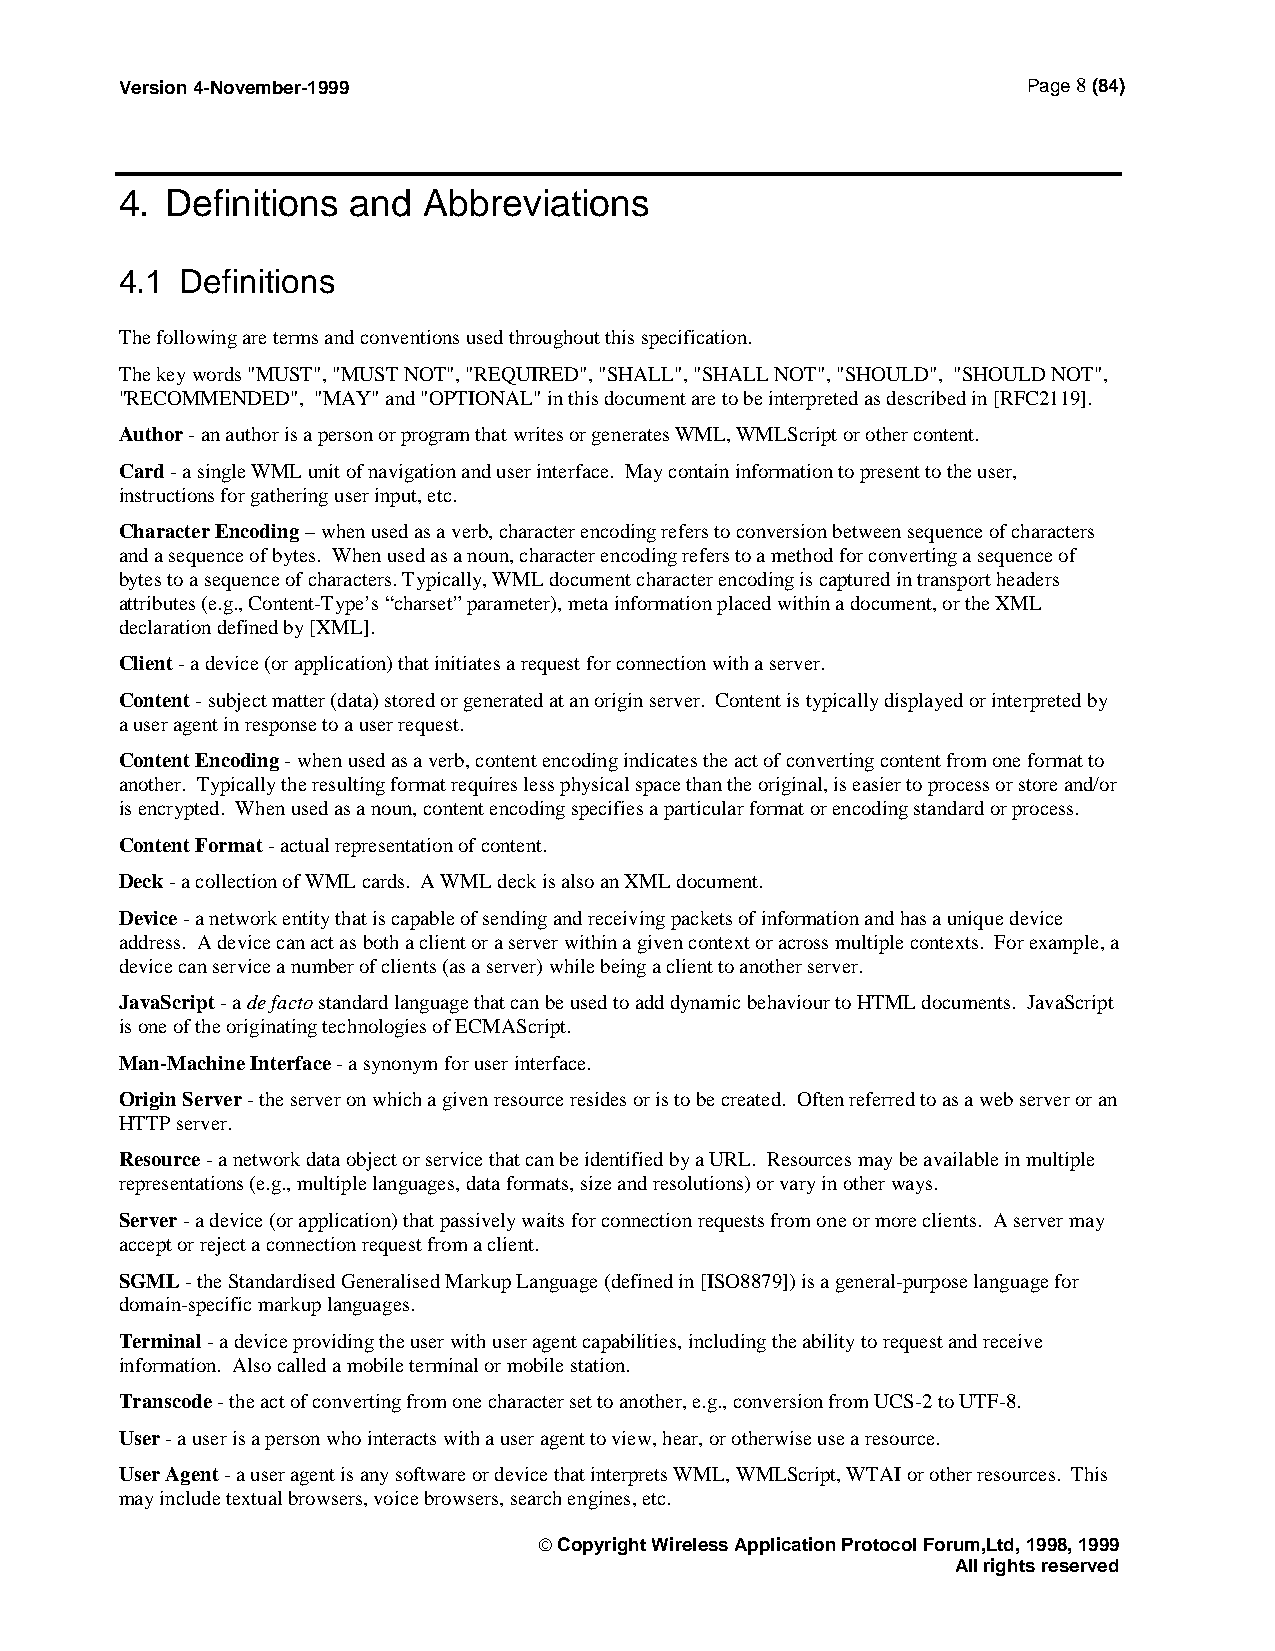
Version 4-November-1999                                     Page 8 (84)
 4. Definitions and  Abbreviations
 4.1 Definitions
 The following are terms and conventions used throughout this specification.
 The key words "MUST", "MUST NOT", "REQUIRED", "SHALL", "SHALL NOT", "SHOULD", "SHOULD NOT",
 "RECOMMENDED", "MAY" and "OPTIONAL" in this document are to be interpreted as described in [RFC2119].
 Author - an author is a person or program that writes or generates WML, WMLScript or other content.
 Card - a single WML unit of navigation and user interface. May contain information to present to the user,
 instructions for gathering user input, etc.
 Character Encoding – when used as a verb, character encoding refers to conversion between sequence of characters
 and a sequence of bytes. When used as a noun, character encoding refers to a method for converting a sequence of
 bytes to a sequence of characters. Typically, WML document character encoding is captured in transport headers
 attributes (e.g., Content-Type’s “charset” parameter), meta information placed within a document, or the XML
 declaration defined by [XML].
 Client - a device (or application) that initiates a request for connection with a server.
 Content - subject matter (data) stored or generated at an origin server. Content is typically displayed or interpreted by
 a user agent in response to a user request.
 Content Encoding - when used as a verb, content encoding indicates the act of converting content from one format to
 another. Typically the resulting format requires less physical space than the original, is easier to process or store and/or
 is encrypted. When used as a noun, content encoding specifies a particular format or encoding standard or process.
 Content Format - actual representation of content.
 Deck - a collection of WML cards. A WML deck is also an XML document.
 Device - a network entity that is capable of sending and receiving packets of information and has a unique device
 address. A device can act as both a client or a server within a given context or across multiple contexts. For example, a
 device can service a number of clients (as a server) while being a client to another server.
 JavaScript - a de facto standard language that can be used to add dynamic behaviour to HTML documents. JavaScript
 is one of the originating technologies of ECMAScript.
 Man-Machine Interface - a synonym for user interface.
 Origin Server - the server on which a given resource resides or is to be created. Often referred to as a web server or an
 HTTP server.
 Resource - a network data object or service that can be identified by a URL. Resources may be available in multiple
 representations (e.g., multiple languages, data formats, size and resolutions) or vary in other ways.
 Server - a device (or application) that passively waits for connection requests from one or more clients. A server may
 accept or reject a connection request from a client.
 SGML - the Standardised Generalised Markup Language (defined in [ISO8879]) is a general-purpose language for
 domain-specific markup languages.
 Terminal - a device providing the user with user agent capabilities, including the ability to request and receive
 information. Also called a mobile terminal or mobile station.
 Transcode - the act of converting from one character set to another, e.g., conversion from UCS-2 to UTF-8.
 User - a user is a person who interacts with a user agent to view, hear, or otherwise use a resource.
 User Agent - a user agent is any software or device that interprets WML, WMLScript, WTAI or other resources. This
 may include textual browsers, voice browsers, search engines, etc.
  Copyright Wireless Application Protocol Forum,Ltd, 1998, 1999
 All rights reserved